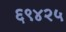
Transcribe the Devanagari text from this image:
६९४२५